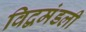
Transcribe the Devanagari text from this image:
विद्वमंडली